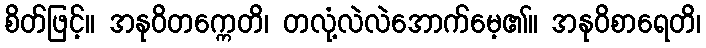
စိတ်ဖြင့်။ အနုဝိတက္ကေတိ၊ တလုံ့လဲလဲအောက်မေ့၏။ အနုဝိစာရေတိ၊